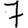
Digit: 7